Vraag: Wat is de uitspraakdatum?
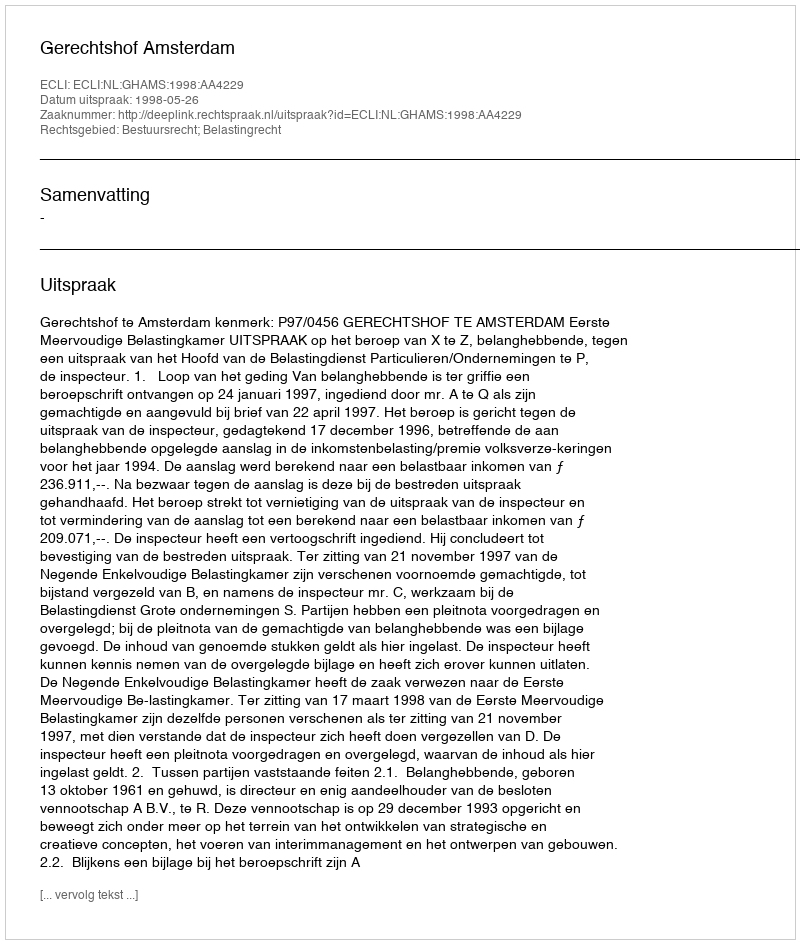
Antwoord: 1998-05-26